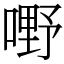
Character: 嘢